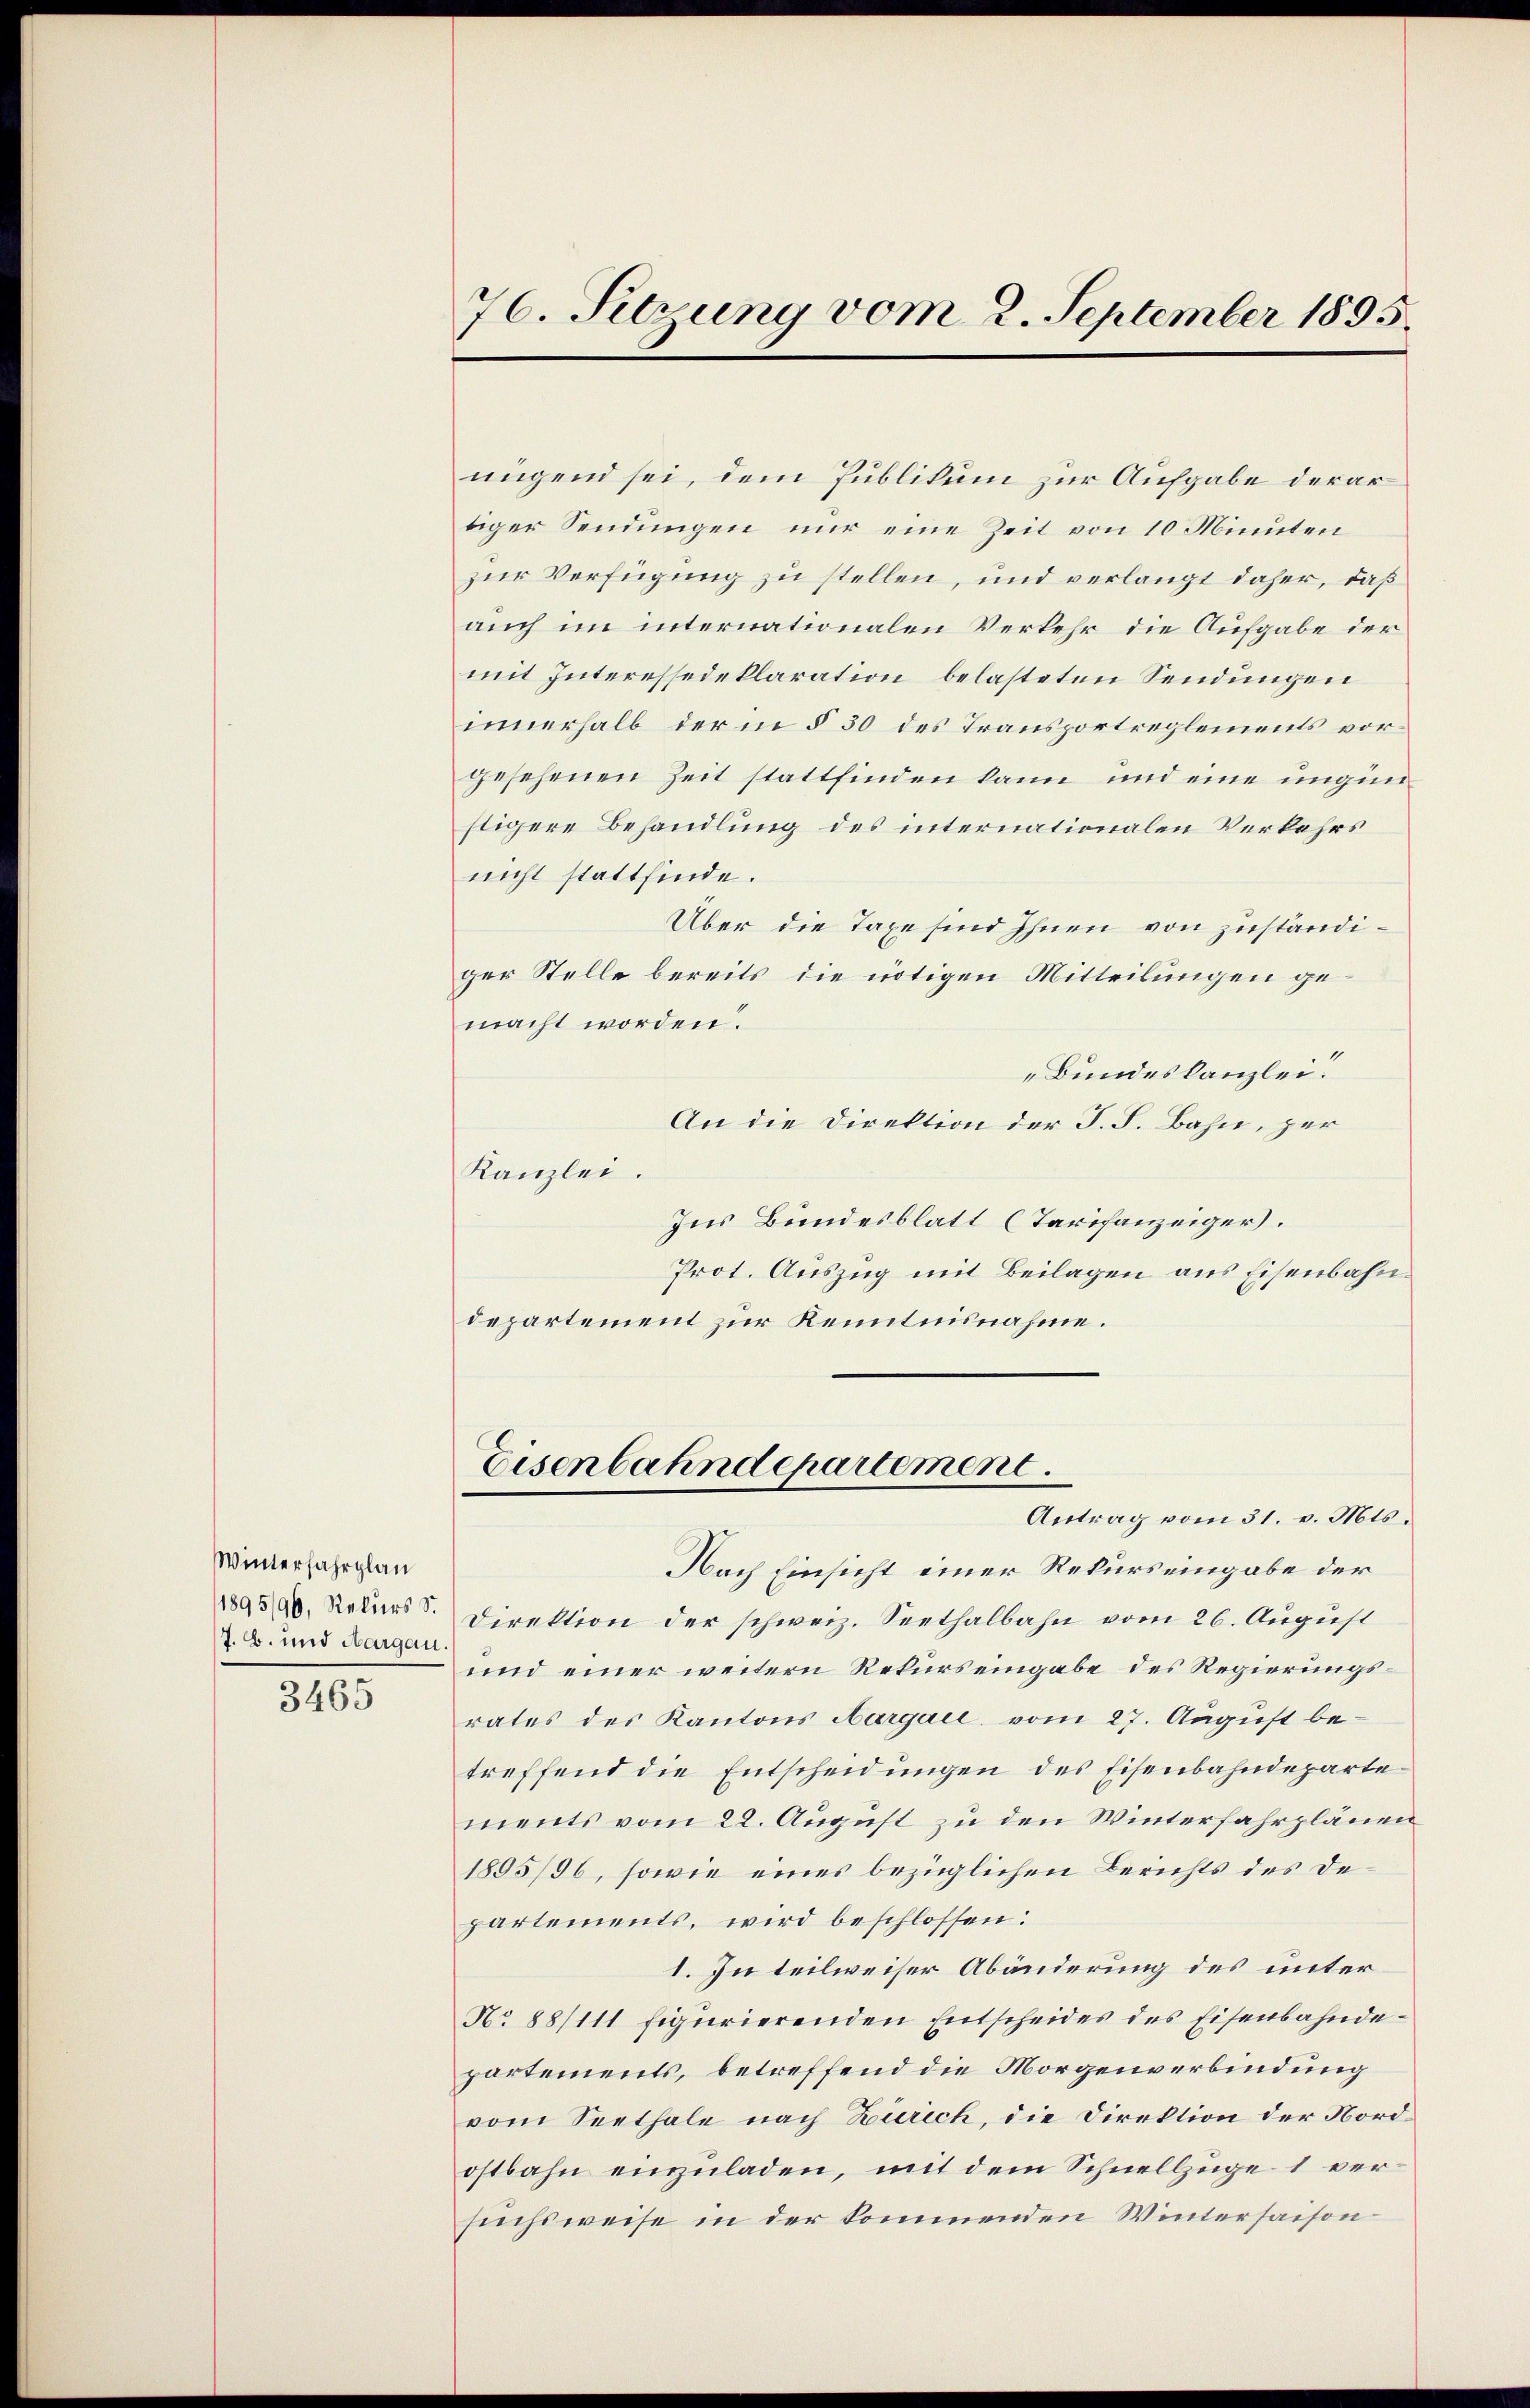
Winterfahrplan
/1895/96, Rekurs d.
J. B. und Aargau
3465

nügend sei, dem Publikum zur Aufgabe derartiger Sendungen nur eine Zeit von 10 Minuten
zur Verfügung zu stellen, und verlangt daher, daß
auch im internationalen Verkehr die Aufgabe der
mit Interessedeklaration belasteten Sendungen
innerhalb der in § 30 des Transportreglements vorgesehenen Zeit stattfinden kann und eine ungünstigere Behandlung des internationalen Verkehrs
nicht stattfinde.
Über die Taxe sind Ihnen von zuständiger Stelle bereits die nötigen Mitteilungen gemacht worden.
Bundeskanzlei.
An die Direktion der J. F. Bahn, per
Kanzlei.
Ins Bundesblatt (Tarifanzeiger.
Prot. Auszug mit Beilagen aus Eisenbahndepartement zur Kenntnisnahme.

76. Setzung vom 2. September 1895.

Eisenbahndepartement.
Antrag vom 31. v. Mts.

Nach Einsicht einer Rekurs eingabe der
Direktion der schweiz. Seethalbahn vom 26. August
und einer weitern Rekurs eingabe des Regierungsrates des Kantons Aargau, vom 27. August be-
treffend die Entscheidungen des Eisenbahndeparte
ments vom 22. August zu den Winterfahrplänen
1895/96, sowie eines bezüglichen Berichts des Departements, wird beschlossen:
1. In teilweiser Abänderung des unter
No 88/111 figurierenden Entscheides des Eisenbahnde-
partements, betreffend die Morgenverbindung
vom Seethale nach Zürich, die Direktion der Nordostbahn einzuladen, mit dem Schnellzüge 1 versuchsweise in der kommenden Wintersaison